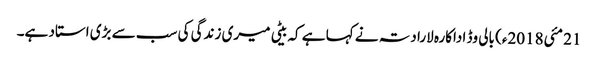
21 مئی2018ء) بالی وڈ اداکارہ لارا دتہ نے کہا ہے کہ بیٹی میری زندگی کی سب سے بڑی استاد ہے۔